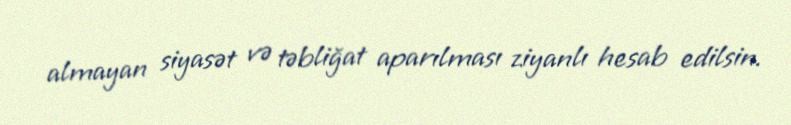
almayan siyasət və təbliğat aparılması ziyanlı hesab edilsin.